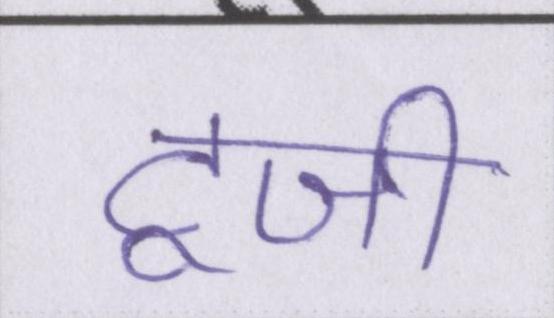
टूजी